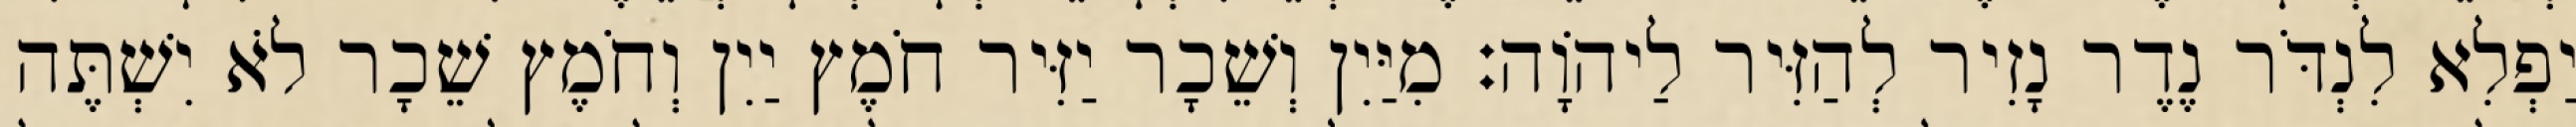
יַפְלִא לִנְדֹּר נֶדֶר נָזִיר לְהַזִּיר לַיהוָֹה׃ מִיַּיִן וְשֵׁכָר יַזִּיר חֹמֶץ יַיִן וְחֹמֶץ שֵׁכָר לֹא יִשְׁתֶּה